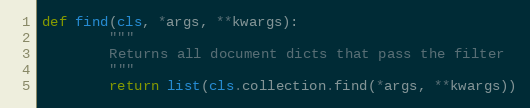
Language: Python
def find(cls, *args, **kwargs):
        """
        Returns all document dicts that pass the filter
        """
        return list(cls.collection.find(*args, **kwargs))